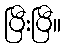
ပြီးပြီ။